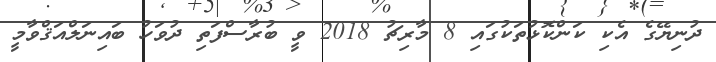
ދުނިޔޭގެ އެކި ކަންކޮޅުތަކުގައި 8 މާރިޗު 2018 ވީ ބުރާސްފަތި ދުވަހު ބައިނަލްއަޤްވާމީ